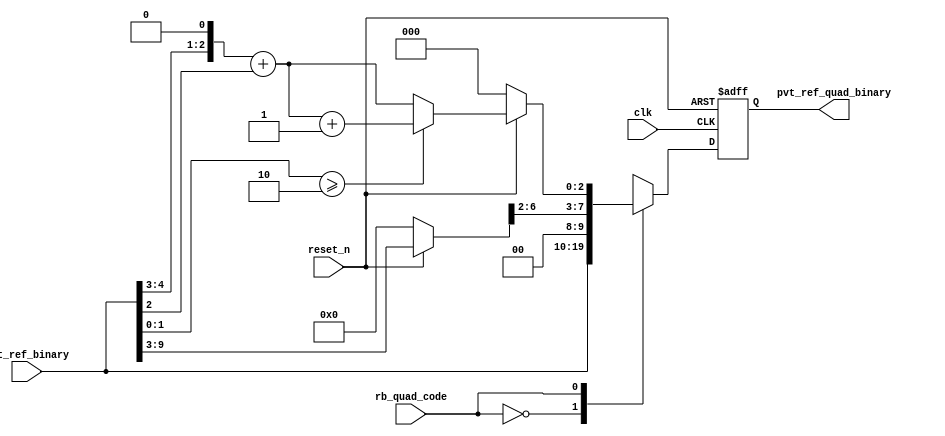
// This program was cloned from: https://github.com/intel/aib-phy-hardware
// License: Apache License 2.0

// SPDX-License-Identifier: Apache-2.0
// Copyright (C) 2019 Intel Corporation. All rights reserved
//------------------------------------------------------------------------
// Copyright (c) 2012 Altera Corporation. All rights reserved.
//
// reproduce without proper written authorization. A copyright
// notice must be reproduced on all authorized copies. Please destroy all
// copies immediately upon receipt if you have not received such
// authorization.
//------------------------------------------------------------------------
// Revision:    $Revision: 1 $
//------------------------------------------------------------------------
// Description: quadrature phase delay code generation logics
//------------------------------------------------------------------------

//------------------------------------------------------------------------
// To be considered :
// 1. any potential glitch between code switching?
//------------------------------------------------------------------------
module aibcr3_quadph_code_gen 
#(
parameter FF_DELAY     = 200
)
(
   input  wire         clk,                     //reference clock from pll
   input  wire         reset_n,                 //output for dll reset
   input  wire  [9:0]  pvt_ref_binary,          //output binary pvt value for delay chain
   input  wire         rb_quad_code,   		//select between original or quadrature codes
   output reg   [9:0]  pvt_ref_quad_binary 	//quadrature code (binary) for delay chain
);

`ifdef TIMESCALE_EN
  timeunit 1ps;
  timeprecision 1ps;
`endif

wire [6:0]  coarse_bin;
reg [2:0]  fint_bin;
wire [2:0]  fine_bin;
reg [8:0]  coarse_divided_bin;
reg [4:0]  fine_divided_bin, coarse_frac_bin;

          always @(*)
                begin
                        if(~reset_n) begin
                                coarse_divided_bin = 9'b0_0000_0000;
                                fine_divided_bin = 5'b0_0000;
                                coarse_frac_bin = 5'b0_0000;
                                fint_bin = 3'b000;
                        end
                        else  begin
                                coarse_divided_bin = {2'b00,pvt_ref_binary[9:3]};
                                fine_divided_bin = {2'b00,pvt_ref_binary[2:0]};
//                                coarse_frac_bin = {1'b0,coarse_divided_bin[1:0],2'b00};  //****need to finalize what's the ratio between coarse/fine steps. current coding assumes 20ps/5ps=4
                                coarse_frac_bin = {coarse_divided_bin[1:0],3'b000};
                                fint_bin = coarse_frac_bin[4:2] + fine_divided_bin[4:2];
                                         if ((fine_divided_bin[1:0] >= 2'd2)) begin
                                                fint_bin = fint_bin + 3'b001;
                                         end
                                         else begin
                                                fint_bin = fint_bin;
                                         end
                         end
                end

        assign coarse_bin = coarse_divided_bin[8:2];
 	assign fine_bin = fint_bin;

        always @(posedge clk or negedge reset_n)
                begin
                        if(~reset_n) begin
				pvt_ref_quad_binary <= #FF_DELAY 10'b00_0000_0000;
			end
			else case (rb_quad_code)
				1'b0 : pvt_ref_quad_binary <= #FF_DELAY pvt_ref_binary;
				1'b1 : pvt_ref_quad_binary <= #FF_DELAY {coarse_bin,fine_bin};
				default : pvt_ref_quad_binary <= #FF_DELAY {coarse_bin,fine_bin};
			endcase
		end 

endmodule // aibcr_quadph_code_gen